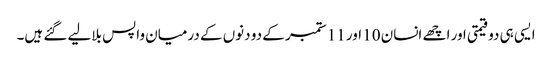
ایسی ہی دو قیمتی اور اچھے انسان 10 اور 11 ستمبر کے دو دنوں کے درمیان واپس بلالیے گئے ہیں۔